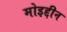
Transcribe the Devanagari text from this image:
मोइद्दीन